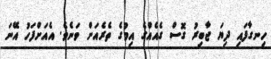
ހިނގާފައި ދިޔަ ޖާބިރު ގޮސް ގެއެއްގެ އިމުގެ ތެރެއަށް ވަނެވެ. އެއަށްފަހު އޭނަ